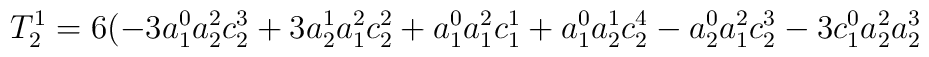
T_{2}^{1}=6(-3a_{1}^{0}a_{2}^{2}c_{2}^{3}+3a_{2}^{1}a_{1}^{2}c_{2}^{2}+a_{1}^{0}a_{1}^{2}c_{1}^{1}+a_{1}^{0}a_{2}^{1}c_{2}^{4}-a_{2}^{0}a_{1}^{2}c_{2}^{3}-3c_{1}^{0}a_{2}^{2}a_{2}^{3}